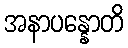
အနာပန္နောတိ